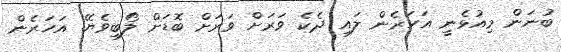
ބުނަން މިއުޅެނީ އަހަރެން ލައި ދެކެ ވަރަށް ވަރަށް ބޮޑަށް ލޯބިވެޔޭ. އަހަރެން